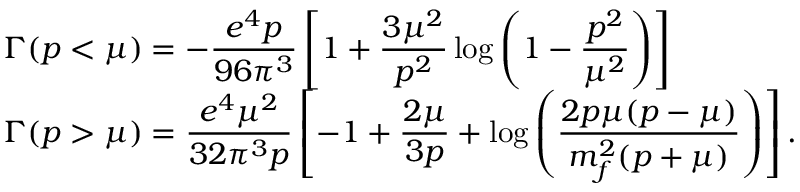
\begin{array} { l } { { \Gamma ( p < \mu ) = \displaystyle - \frac { e ^ { 4 } p } { 9 6 \pi ^ { 3 } } \left[ 1 + { \frac { 3 \mu ^ { 2 } } { p ^ { 2 } } } \log \left( 1 - { \frac { p ^ { 2 } } { \mu ^ { 2 } } } \right) \right] \hfill } } \\ { { \Gamma ( p > \mu ) = \displaystyle \frac { e ^ { 4 } \mu ^ { 2 } } { 3 2 \pi ^ { 3 } p } \left[ - 1 + \frac { 2 \mu } { 3 p } + \log \left( \frac { 2 p \mu ( p - \mu ) } { m _ { f } ^ { 2 } ( p + \mu ) } \right) \right] . \hfill } } \end{array}